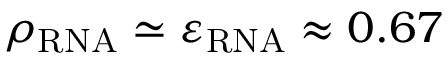
\rho _ { \mathrm { R N A } } \simeq \varepsilon _ { \mathrm { R N A } } \approx 0 . 6 7